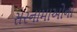
સરનામાઓનો